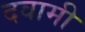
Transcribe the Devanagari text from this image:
दवामी